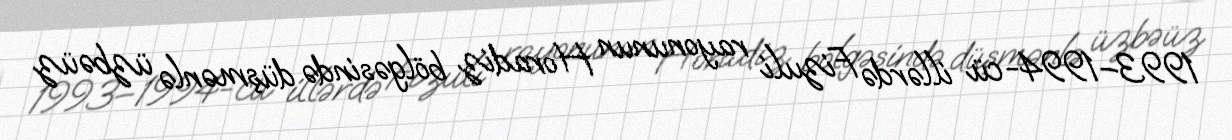
1993–1994-cü illərdə Fizuli rayonunun Horadiz bölgəsində düşmənlə üzbəüz